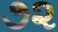
૭૨